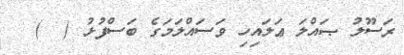
ރަސޫލު ޞައްލަ ޢަލައިހި ވަސައްލަމަގެ ބަސްފުޅު (  )